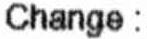
CHANGE :